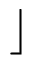
\rfloor